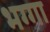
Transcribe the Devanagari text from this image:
भग्गा